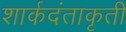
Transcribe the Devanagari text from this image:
शार्कदंताकृती